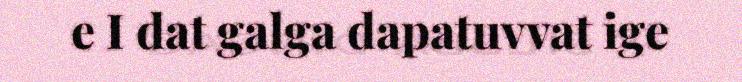
e I dat galga dapatuvvat ige